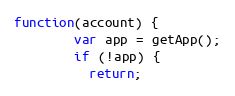
Language: JavaScript
function(account) {
        var app = getApp();
        if (!app) {
          return;